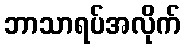
ဘာသာရပ်အလိုက်